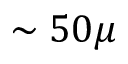
\sim 5 0 \mu